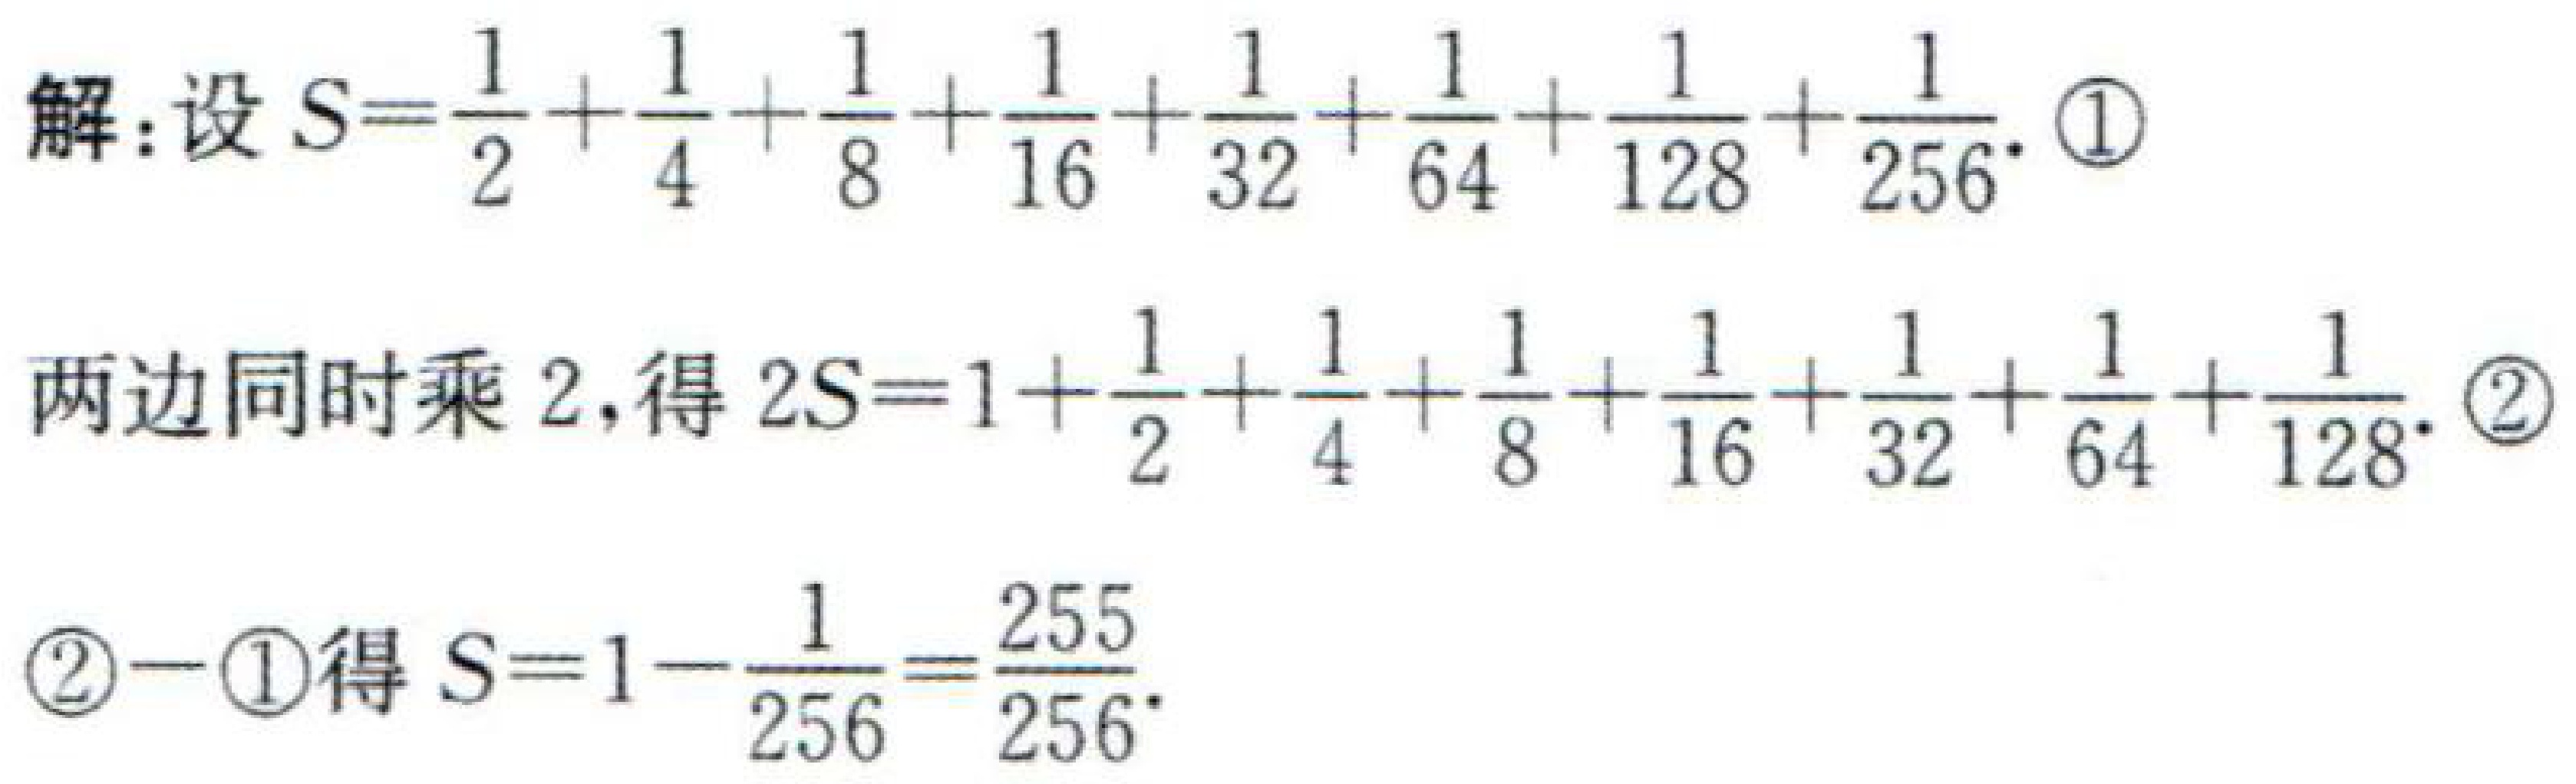
解：设\(S = \dfrac{1}{2}+\dfrac{1}{4}+\dfrac{1}{8}+\dfrac{1}{16}+\dfrac{1}{32}+\dfrac{1}{64}+\dfrac{1}{128}+\dfrac{1}{256}\). \textcircled{1}

两边同时乘\(2\)，得\(2S = 1+\dfrac{1}{2}+\dfrac{1}{4}+\dfrac{1}{8}+\dfrac{1}{16}+\dfrac{1}{32}+\dfrac{1}{64}+\dfrac{1}{128}\). \textcircled{2}

\textcircled{2}\(-\)\textcircled{1}得\(S = 1-\dfrac{1}{256}=\dfrac{255}{256}\).